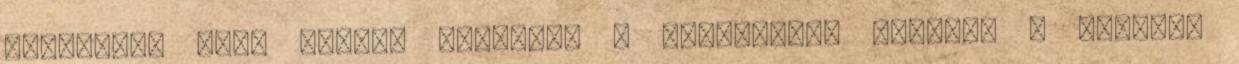
másodperc után sajnos agyonvág a mulatozás. Ugyanez a helyzet